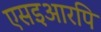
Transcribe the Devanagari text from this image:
एसइआरपि